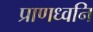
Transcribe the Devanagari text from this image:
प्राणध्वनि